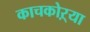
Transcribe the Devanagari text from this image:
काचकोऱ्या